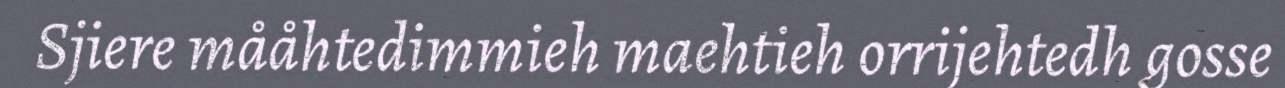
Sjiere mååhtedimmieh maehtieh orrijehtedh gosse